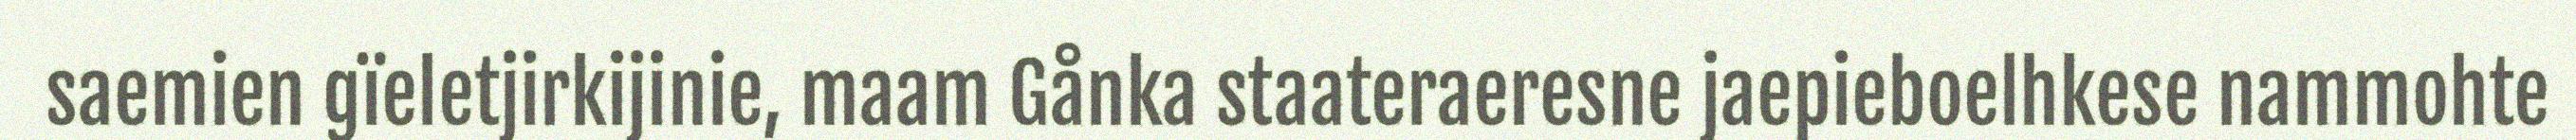
saemien gïeletjirkijinie, maam Gånka staateraeresne jaepieboelhkese nammohte